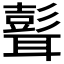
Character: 𦗭